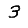
Digit: 3